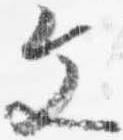
文